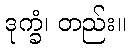
ဒုက္ခံ၊ တည်း။